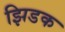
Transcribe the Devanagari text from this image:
झिडक